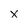
Character: x